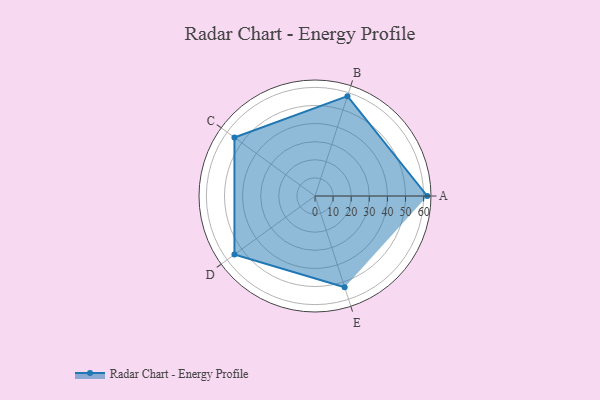
{"axis": {"x": "Skill", "y": "Score"}, "legend": ["Profile"], "data": [{"x": "A", "y": 62.0, "type": "Profile"}, {"x": "B", "y": 58.0, "type": "Profile"}, {"x": "C", "y": 55.0, "type": "Profile"}, {"x": "D", "y": 55.0, "type": "Profile"}, {"x": "E", "y": 53.0, "type": "Profile"}]}